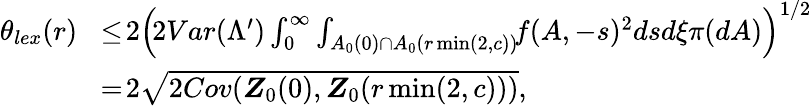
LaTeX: \begin{array}{rl}{\theta_{lex}(r)\! }&{\leq\! 2\left(\! 2Var(\Lambda^{\prime})\int_{0}^{\infty}\int_{A_{0}(0)\cap A_{0}(r\operatorname*{min}(2,c))}\! \! f(A,-s)^{2}dsd\xi\pi(dA)\right)^{1/2}}\\ &{=\! 2\sqrt{2Cov(\boldsymbol{Z}_{0}(0),\boldsymbol{Z}_{0}(r\operatorname*{min}(2,c)))},}\end{array}